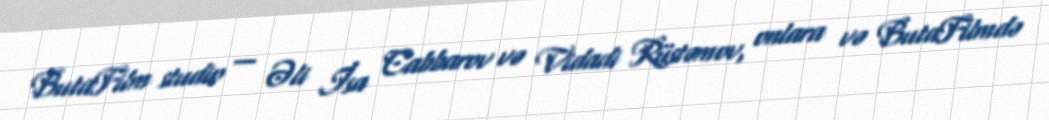
ButaFilm studio — Əli İsa Cabbarov və Vidadi Rüstəmov, onlara və ButaFilmdə